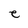
Character: e